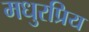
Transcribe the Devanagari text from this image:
मधुरप्रिय